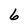
Character: 6